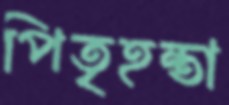
পিতৃহন্তা